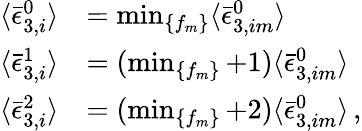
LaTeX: \begin{array}{rl}{\langle\bar{\epsilon}_{3,i}^{0}\rangle}&{=\operatorname*{min}_{\{ f_{m}\} }\langle\bar{\epsilon}_{3,im}^{0}\rangle}\\ {\langle\bar{\epsilon}_{3,i}^{1}\rangle}&{=(\operatorname*{min}_{\{ f_{m}\} }+1)\langle\bar{\epsilon}_{3,im}^{0}\rangle}\\ {\langle\bar{\epsilon}_{3,i}^{2}\rangle}&{=(\operatorname*{min}_{\{ f_{m}\} }+2)\langle\bar{\epsilon}_{3,im}^{0}\rangle\, ,}\end{array}